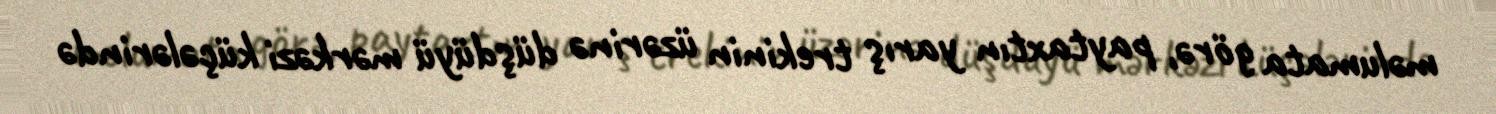
məlumata görə, paytaxtın yarış trekinin üzərinə düşdüyü mərkəzi küçələrində